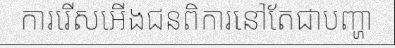
ការរើសអើងជនពិការនៅតែជាបញ្ហា